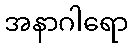
အနာဂါရော